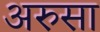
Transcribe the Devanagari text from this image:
अरुसा